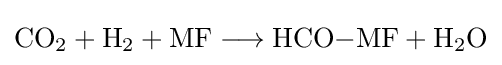
{\mathrm {CO} {\vphantom {A}}_{\smash[{t}]{2}}{}+{}\mathrm {H} {\vphantom {A}}_{\smash[{t}]{2}}{}+{}\mathrm {MF} {}\mathrel {\longrightarrow } {}\mathrm {HCO} {-}\mathrm {MF} {}+{}\mathrm {H} {\vphantom {A}}_{\smash[{t}]{2}}\mathrm {O} }